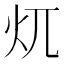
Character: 𱪤